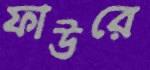
ফাউরে